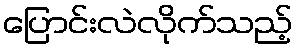
ပြောင်းလဲလိုက်သည့်